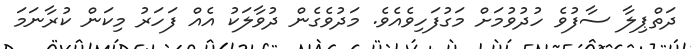
ދަތްޕިލާ ސާފުވެ ހުދުވުމަށް މަގުފަހިވެއެވެ. މަދުވެގެން ދުވާލަކު އެއް ފަހަރު މިކަން ކުރާނަމަ